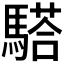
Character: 𩥠